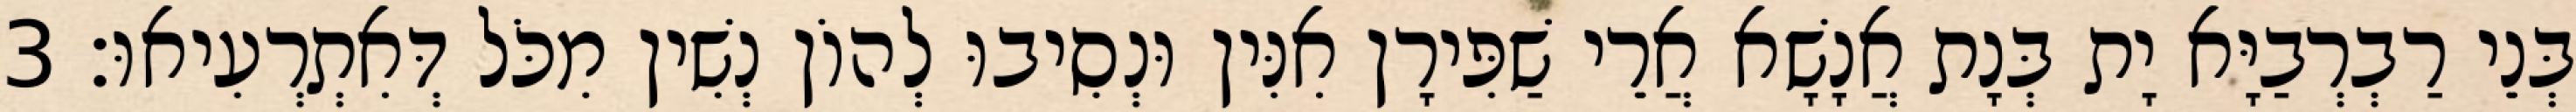
בְּנֵי רַבְרְבַיָּא יָת בְּנָת אֲנָשָׁא אֲרֵי שַׁפִּירָן אִנִּין וּנְסִיבוּ לְהוֹן נְשִׁין מִכֹּל דְּאִתְרְעִיאוּ׃ 3